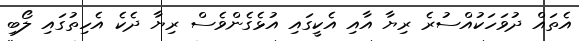
އެތައް ދުވަހަކުއްސުރެ ރިޔާ އާއި އެކީގައި އުޅެގެންވެސް ރިޔާ ދެކެ އެހިތުގައި ލޯބި